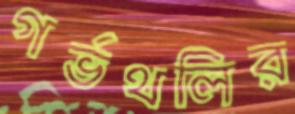
গর্ভথলির